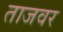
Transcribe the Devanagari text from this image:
ताजवर